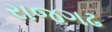
રાજગઢ